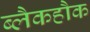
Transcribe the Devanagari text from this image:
ब्लैकहौक